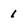
Character: 1